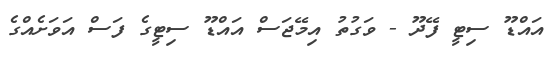
އައްޑޫ ސިޓީ ފޭދޫ - ވަގުތު އިމޭޖަސް އައްޑޫ ސިޓީގެ ފަސް އަވަށެއްގެ